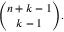
{ \binom { n + k - 1 } { k - 1 } } .